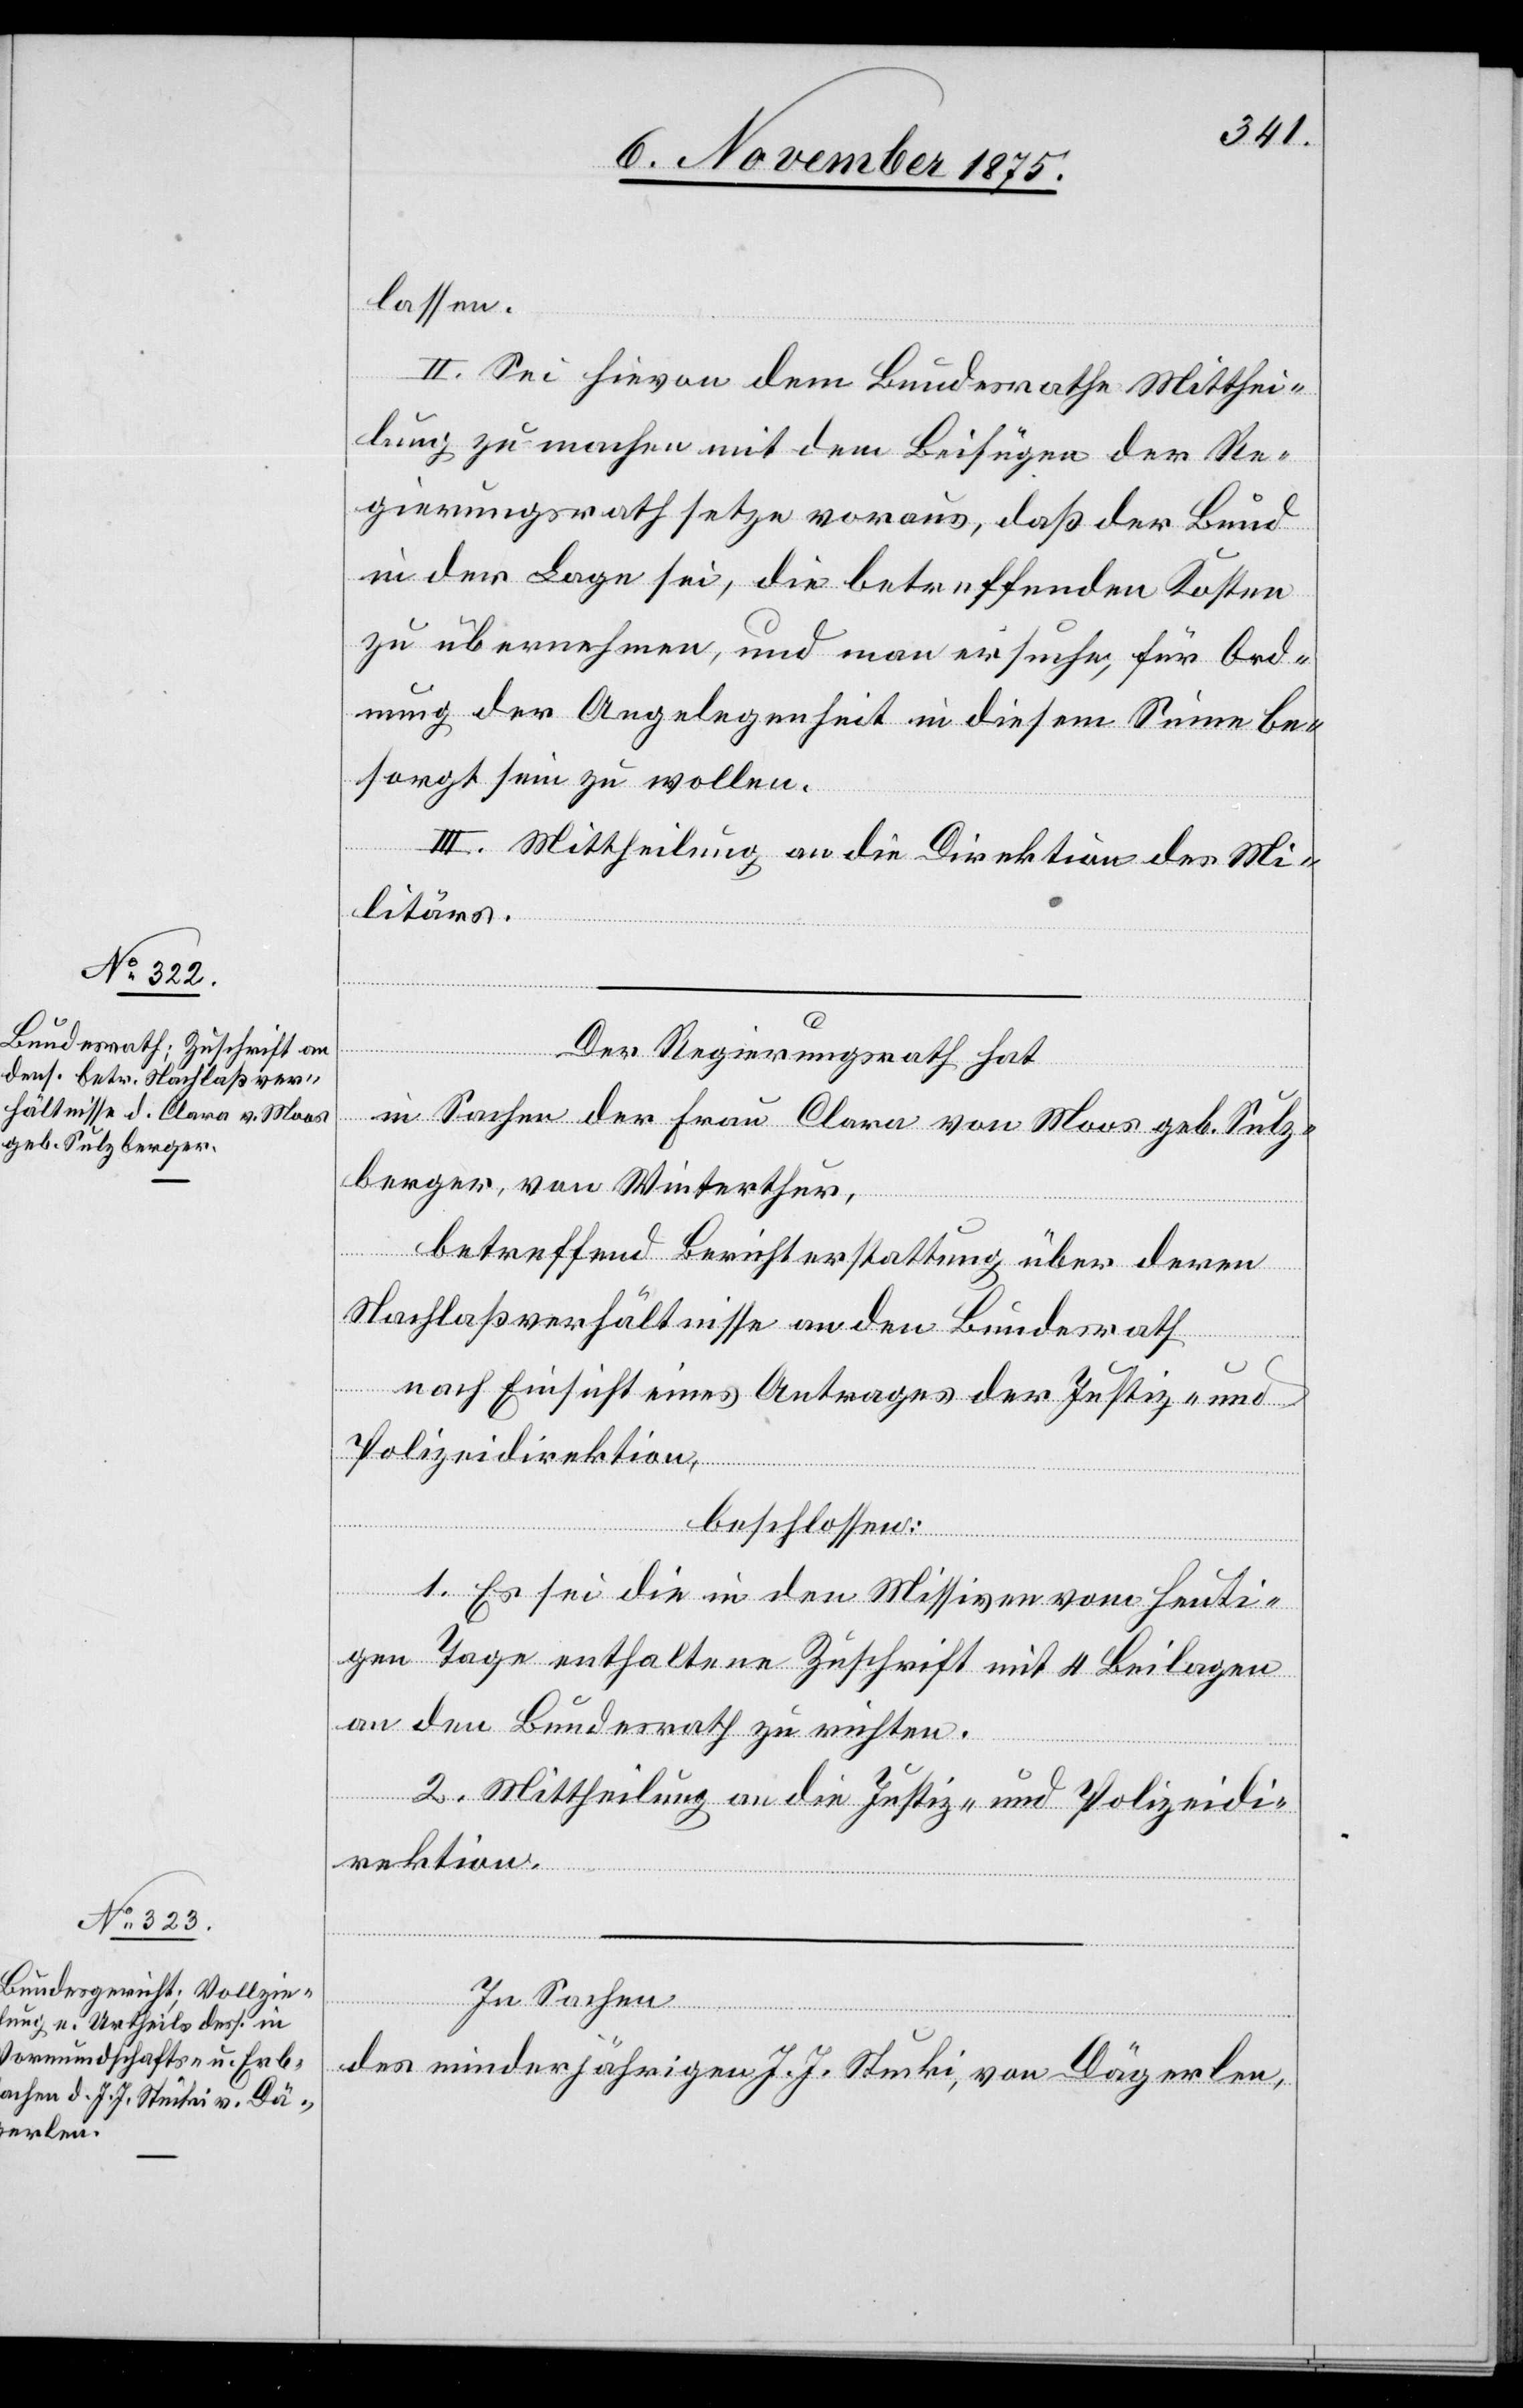
lassen.
II. Sei hievon dem Bundesrathe Mitthei¬
lung zu machen mit dem Beifügen der Re¬
gierungsrath setze voraus, daß der Bund
in der Lage sei, die betreffenden Kosten
zu übernehmen, und man ersuche, für Ord¬
nung der Angelegenheit in diesem Sinne be¬
sorgt sein zu wollen.
III. Mittheilung an die Direktion des Mi¬
litärs.
Der Regierungsrath hat
in Sachen der Frau Clara von Moos geb. Sulz¬
berger, von Winterthur,
betreffend Berichterstattung über deren
Nachlaßverhältnisse an den Bundesrath
nach Einsicht eines Antrages der Justiz- und
Polizeidirektion,
beschlossen:
1. Es sei die in den Missiven vom heuti¬
gen Tage enthaltene Zuschrift mit 4 Beilagen
an den Bundesrath zu richten.
2. Mittheilung an die Justiz- und Polizeidi¬
rektion.
In Sachen
des minderjährigen J. J. Stucki, von Dägerlen,